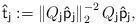
LaTeX: \begin{align*}\mathsf{\hat{t}}_{\mathsf{j}}:=\left\Vert Q_{\mathsf{j}}\mathsf{\hat{p}}_{\mathsf{j}}\right\Vert _{2}^{-2}Q_{\mathsf{j}}\mathsf{\hat{p}}_{\mathsf{j}},\end{align*}